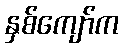
နှစ်ကျော်က